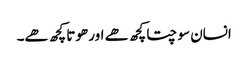
انسان سوچتا کچھ ھے اور ھوتا کچھ ھے۔